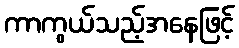
ကာကွယ်သည့်အနေဖြင့်